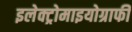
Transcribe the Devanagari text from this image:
इलेक्ट्रोमाइयोग्राफी